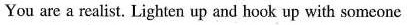
You are a realist, Lighten up and hook up with someone